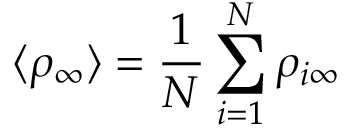
\langle \rho _ { \infty } \rangle = \frac { 1 } { N } \sum _ { i = 1 } ^ { N } \rho _ { i \infty }